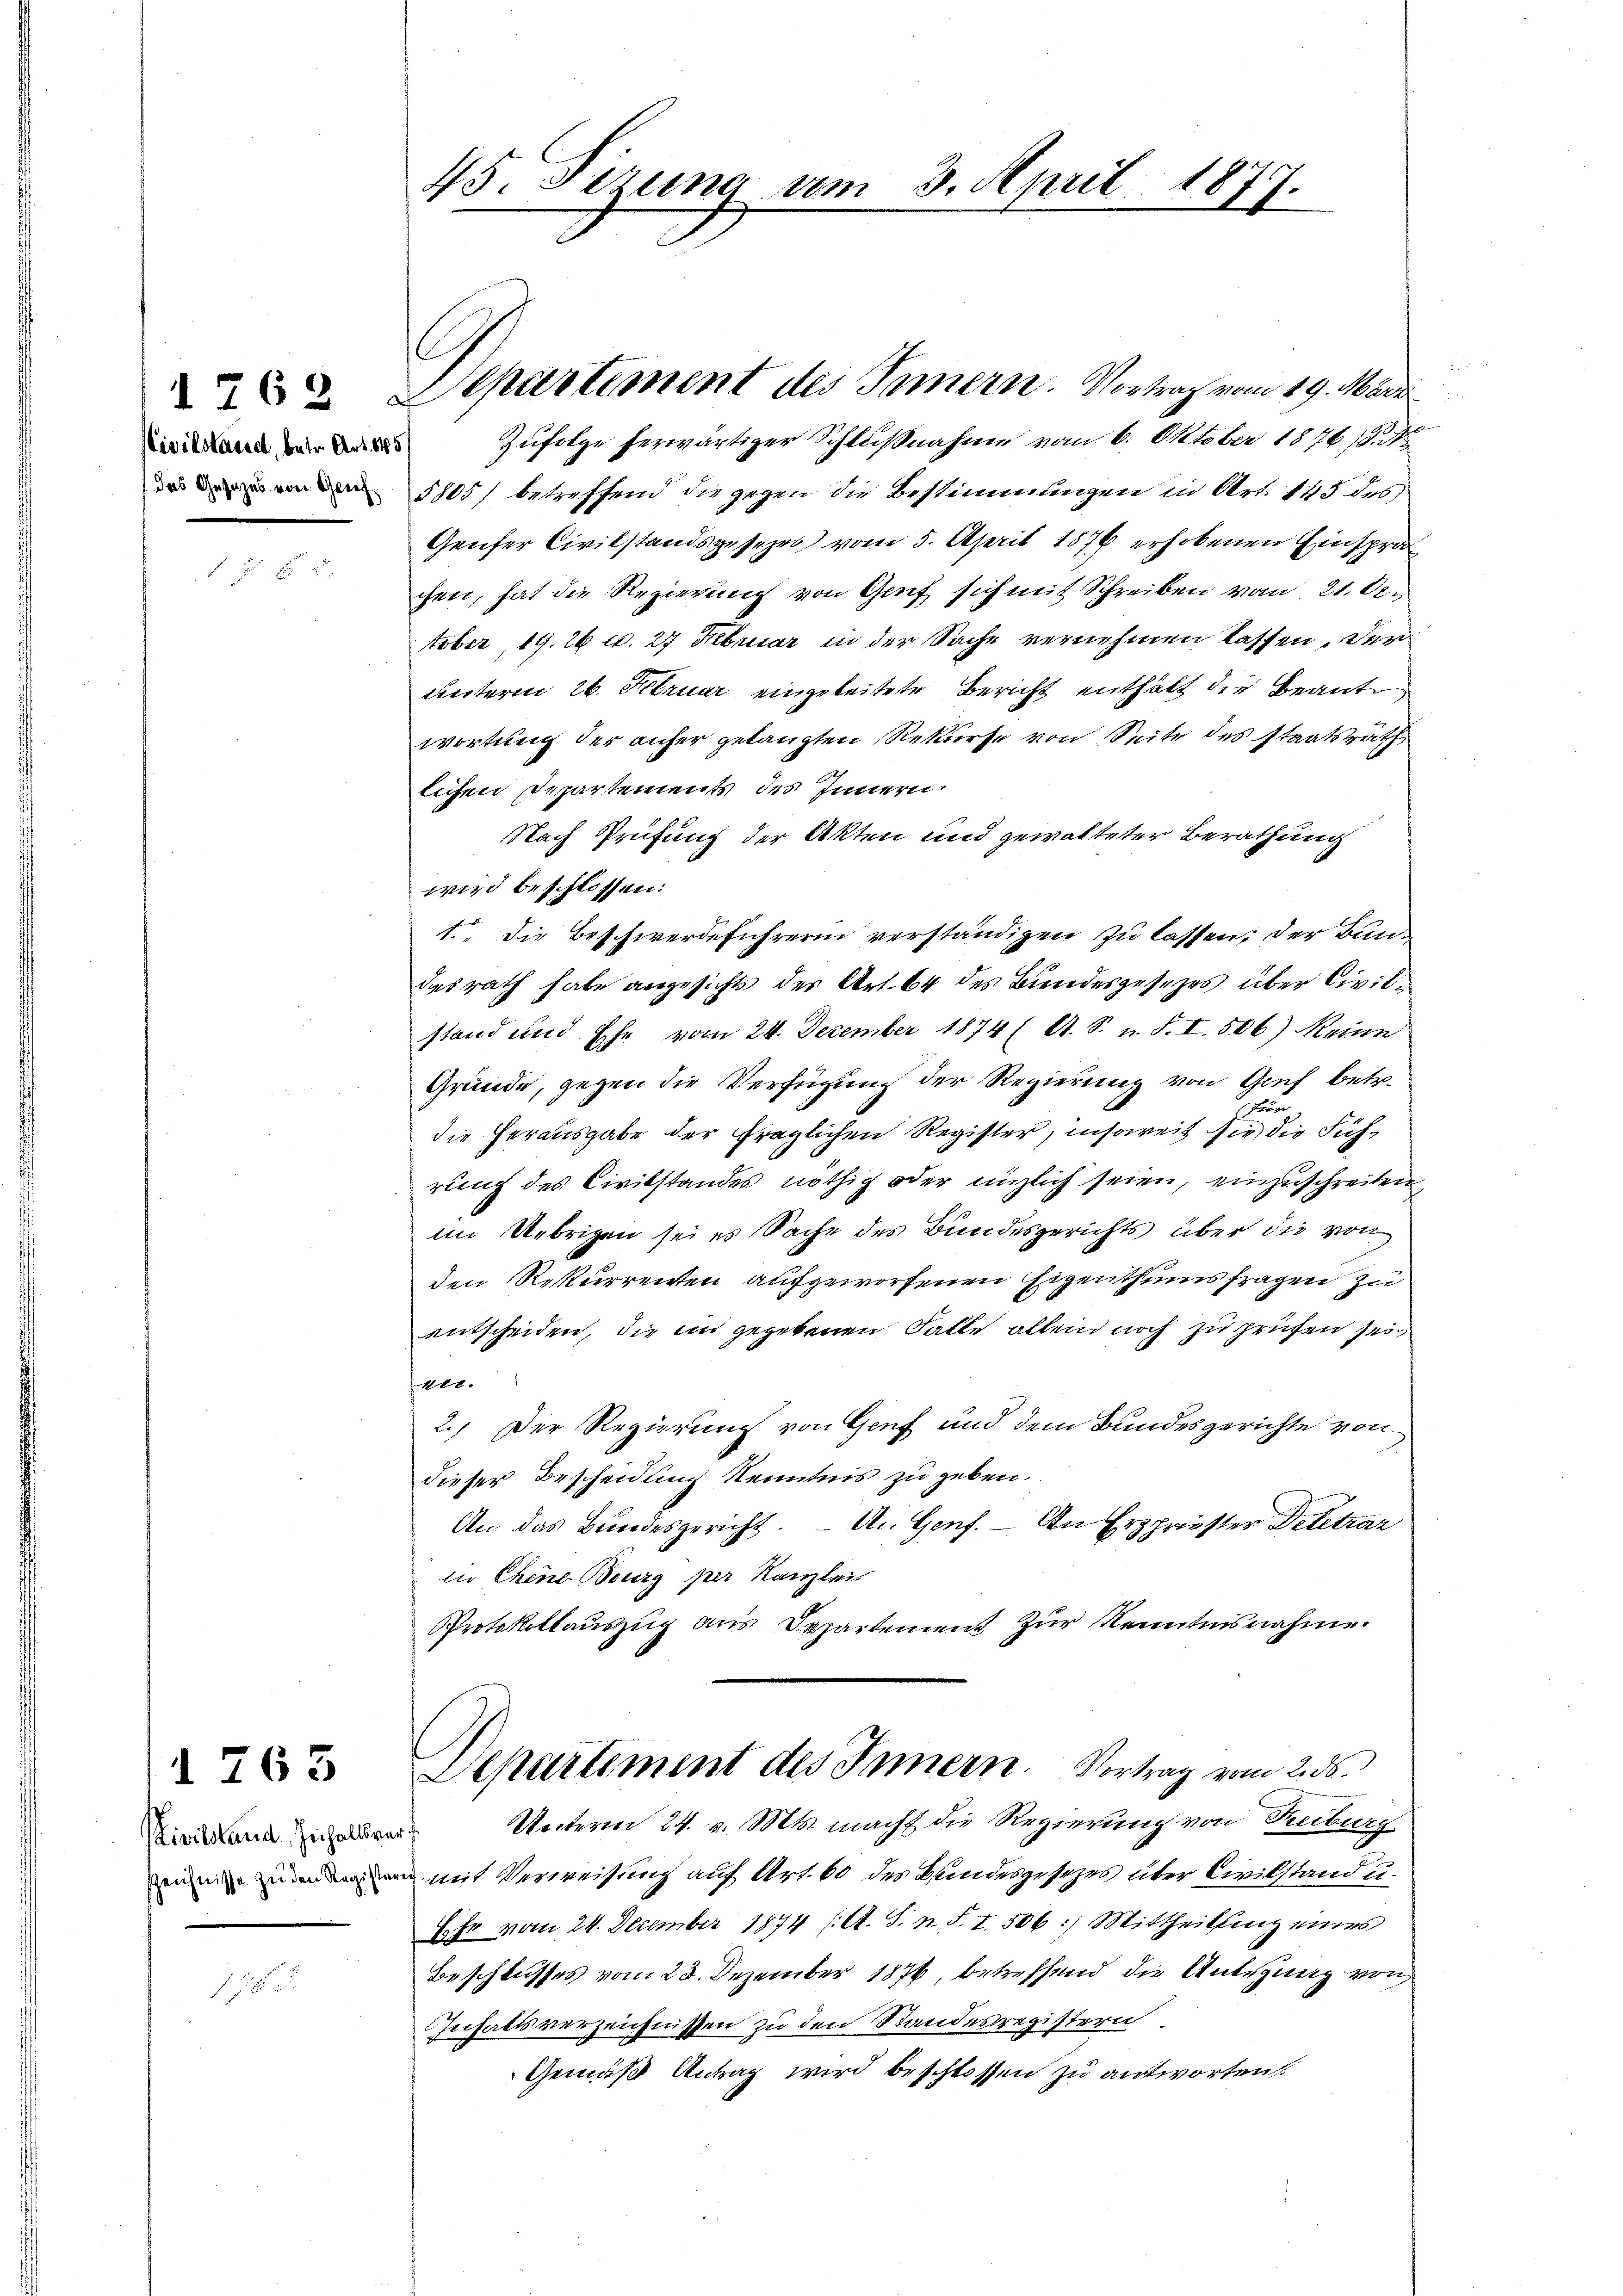
Civilstand, betr. Art. 145

763

Civilstand Inhaltsrec
Zzeichnisse zu den Register

45. Sizung vom 3. April 1877.

C
Separtement des Innern. Vortrag vom 29. März

Zufolge herwärtiger Schlußnahme vom 6. Oktober 1876 /. M
5805) betreffend die gegen die Bestimmungen in Art. 145 des
Genfer Civilstandsgesehr vom 5. April 1876 erhobenen Einspra
chen, hat die Regierung von Genf sich mit Schreiben vom 21. O.
tober, 19. 26 u. 27 Februar in der Sache vernehmen lassen. Der
unterm 26. Februar eingeleitete Bericht enthält die Beant
wortung der anfer gelangten Rekurse von Seite des Staatsräth
lichen Departements des Innern
Nach Prüfung der Akten und gewalteter Berathung
wird beschlossen:
1., die Beschwerdeführerin verständigen zu lassen; der Bundesrath habe angesichts der Art. 64 des Bundesgesezes über Civilstand und Ehe vom 24. Dezember 1874 (A. S. u. F. I. 506) Meine
Gründe, gegen die Verfügung der Regierung von Gouf betr.
un
die Herausgabe der fraglichen Register, insoweit sie die Sich
rung des Civilstandes nöthig oder enzlich seien, einzuschreiten,
im Uebrigen sei es Sache des Bundesgerichts über die von
den Rekurrenten aufgeworfenen Eigenthums fragen zu
entscheiden, die ein gegebenen Falle allein noch zu prüfen sei
4t.
2.) Der Regierung von Genf und dem Bundesgerichte von
dieser Bescheidung Kenntnis zu geben.
An das Bundesgericht. - An Genf. – An Erschriester Deletrar
in Chine Bourg per Kanzlei
Protokollauszug aus Departement zur Kenntnisnahme.

Departement des Innern. Vortrag vom 2. 56.

Unterm 24. v. Mts. macht die Regierung von Treiburg
f
 mit Verweisung auf Art. 60 des Bundesgesezes über Civilstand u.
Ehr vom 24. Dezember 1874 (A. S. n. F. I. 506) Mittheilung eines
Beschlusses vom 23. Dezember 1876, betreffend die Antigung von
Inhaltsverzeichnissen zu den Standesregistern
Gemäß Antrag wird beschlossen zu antworten